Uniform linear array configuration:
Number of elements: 24
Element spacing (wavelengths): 0.25
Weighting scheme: binomial
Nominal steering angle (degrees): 30
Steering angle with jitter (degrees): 30.455
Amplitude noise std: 0.05
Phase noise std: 0.05

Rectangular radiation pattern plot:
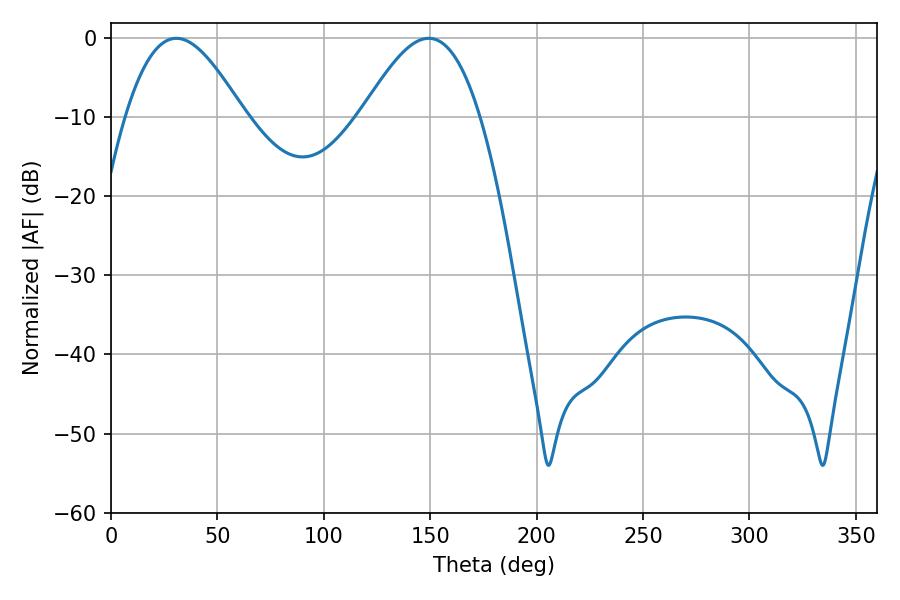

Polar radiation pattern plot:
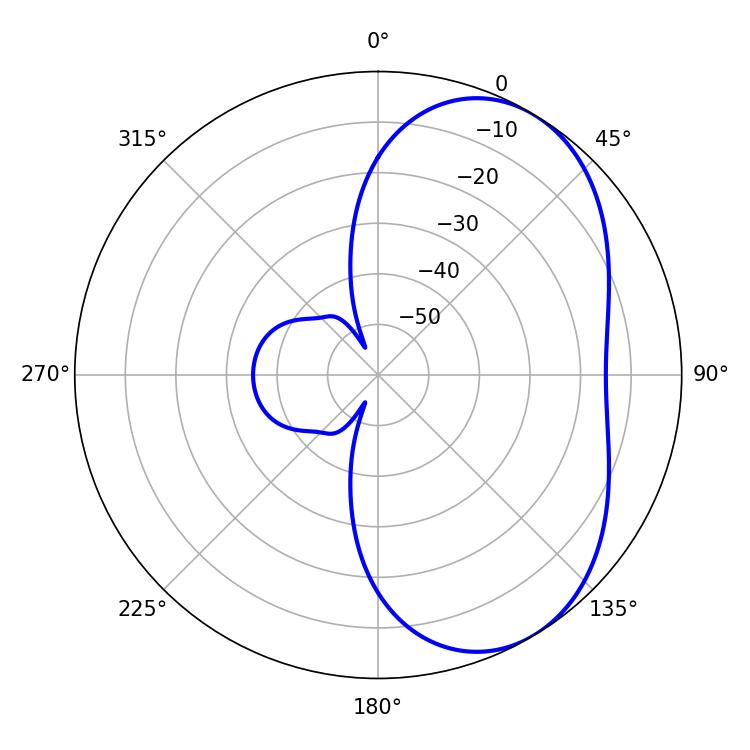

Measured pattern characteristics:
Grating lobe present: FALSE
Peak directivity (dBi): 4.96
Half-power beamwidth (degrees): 30.06
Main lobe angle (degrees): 30.78